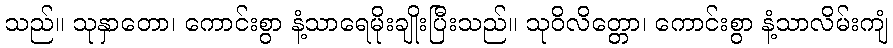
သည်။ သုနှာတော၊ ကောင်းစွာ နံ့သာရေမိုးချိုးပြီးသည်။ သုဝိလိတ္တော၊ ကောင်းစွာ နံ့သာလိမ်းကျံ